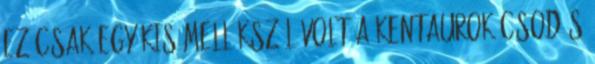
ez csak egy kis mellékszál volt a kentaurok csodás